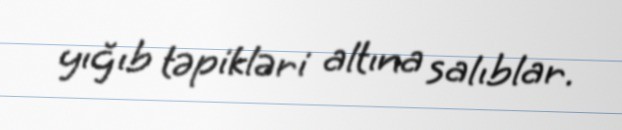
yığıb təpikləri altına salıblar.